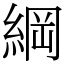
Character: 綱